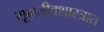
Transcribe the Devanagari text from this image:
सूक्षजीवशास्त्रात